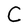
Character: C